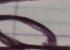
Signature authenticity: forged